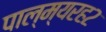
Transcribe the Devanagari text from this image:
पाल्म्यरह२